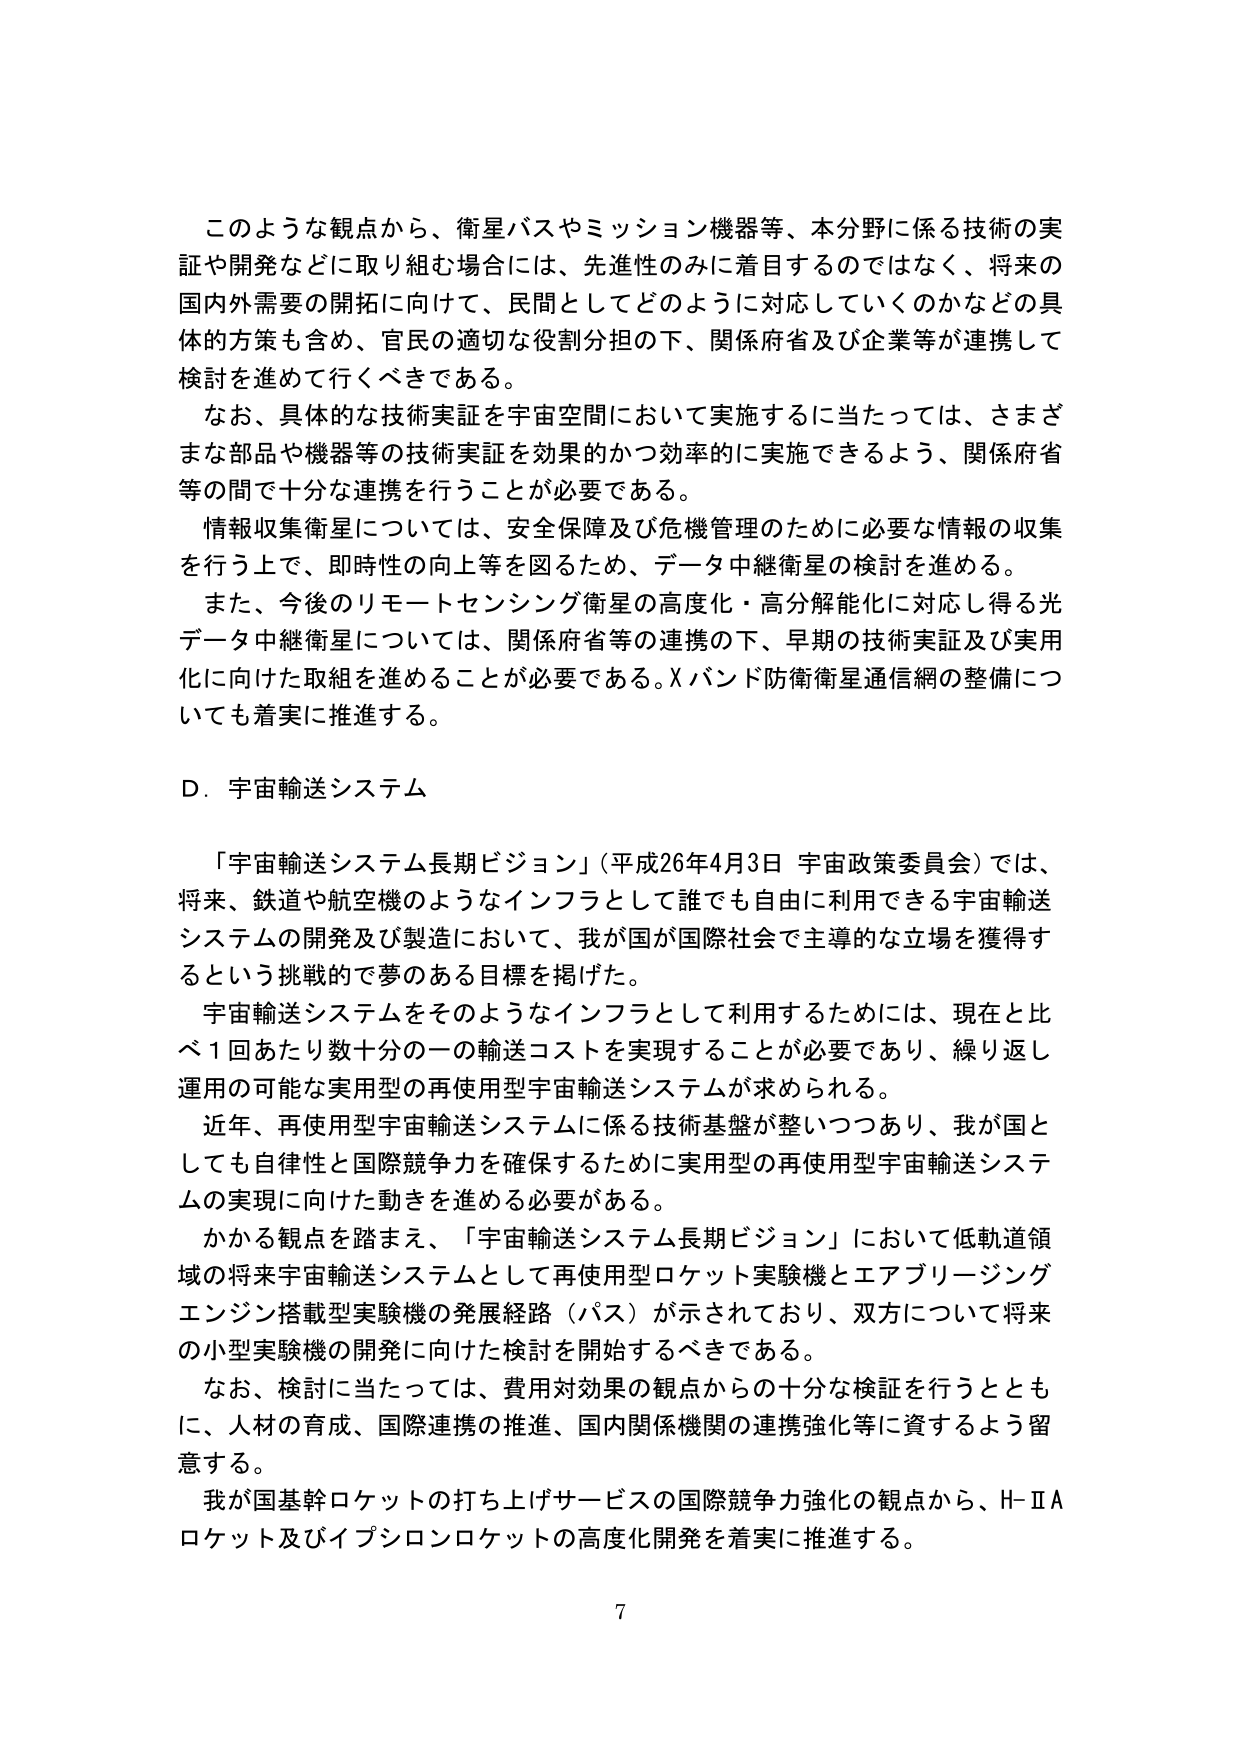
このような観点から、衛星バスやミッション機器等、本分野に係る技術の実証や開発などに取り組む場合には、先進性のみに着目するのではなく、将来の国内外需要の開拓に向けて、民間としてどのように対応していくのかなどの具体的方策も含め、官民の適切な役割分担の下、関係府省及び企業等が連携して検討を進めて行くべきである。

なお、具体的な技術実証を宇宙空間において実施するに当たっては、さまざまな部品や機器等の技術実証を効果的かつ効率的に実施できるよう、関係府省等の間で十分な連携を行うことが必要である。

情報収集衛星については、安全保障及び危機管理のために必要な情報の収集を行う上で、即時性の向上等を図るため、データ中継衛星の検討を進める。

また、今後のリモートセンシング衛星の高度化・高分解能化に対応し得る光データ中継衛星については、関係府省等の連携の下、早期の技術実証及び実用化に向けた取組を進めることが必要である。Xバンド防衛衛星通信網の整備についても着実に推進する。

D．宇宙輸送システム

「宇宙輸送システム長期ビジョン」（平成26年4月3日 宇宙政策委員会）では、将来、鉄道や航空機のようなインフラとして誰でも自由に利用できる宇宙輸送システムの開発及び製造において、我が国が国際社会で主導的な立場を獲得するという挑戦的で夢のある目標を掲げた。

宇宙輸送システムをそのようなインフラとして利用するためには、現在と比べ1回あたり数十分の一の輸送コストを実現することが必要であり、繰り返し運用の可能な実用型の再使用型宇宙輸送システムが求められる。

近年、再使用型宇宙輸送システムに係る技術基盤が整いつつあり、我が国としても自律性と国際競争力を確保するために実用型の再使用型宇宙輸送システムの実現に向けた動きを進める必要がある。

かかる観点を踏まえ、「宇宙輸送システム長期ビジョン」において低軌道領域の将来宇宙輸送システムとして再使用型ロケット実験機とエアブリージングエンジン搭載型実験機の発展経路（パス）が示されており、双方について将来の小型実験機の開発に向けた検討を開始するべきである。

なお、検討に当たっては、費用対効果の観点からの十分な検証を行うとともに、人材の育成、国際連携の推進、国内関係機関の連携強化等に資するよう留意する。

我が国基幹ロケットの打ち上げサービスの国際競争力強化の観点から、H-ⅡAロケット及びイプシロンロケットの高度化開発を着実に推進する。

7